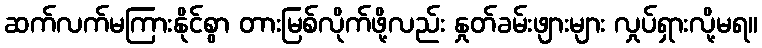
ဆက်လက်မကြားနိုင်စွာ တားမြစ်လိုက်ဖို့လည်း နှုတ်ခမ်းဖျားများ လှုပ်ရှားလို့မရ။